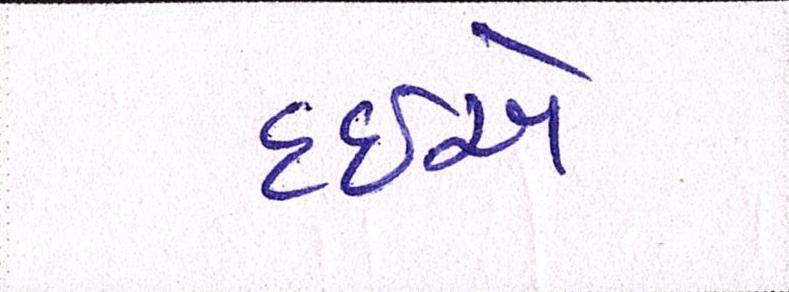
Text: દઇએ